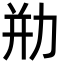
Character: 㔙